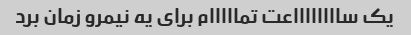
یک سااااااااعت تمااااام برای یه نیمرو زمان برد